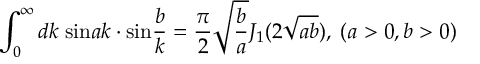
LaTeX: \int _ { 0 } ^ { \infty } d k \; \mathrm { s i n } a k \cdot \mathrm { s i n } \frac { b } { k } = \frac { \pi } { 2 } \sqrt { \frac { b } { a } } J _ { 1 } ( 2 \sqrt { a b } ) , \; ( a > 0 , b > 0 )